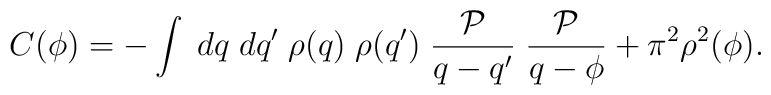
C(\phi) = - \int \; dq \; dq' \; \rho(q) \; \rho(q') \;  \frac{{\cal P}}{q-q'}\;  \frac{{\cal P}}{q-\phi} + \pi^{2} \rho^{2} (\phi) .